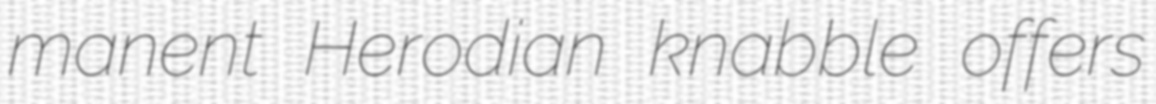
manent Herodian knabble offers